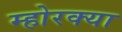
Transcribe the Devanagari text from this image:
म्होरक्‍या